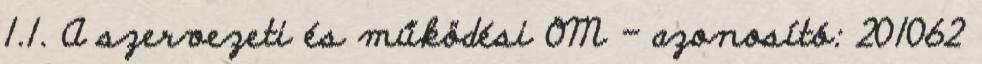
1.1. A szervezeti és működési OM - azonosító: 201062